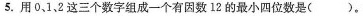
5.用0、1，2这三个数字组成一个有因数12的最小四位数是( )。